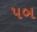
પબ